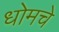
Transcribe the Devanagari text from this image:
धोमचे